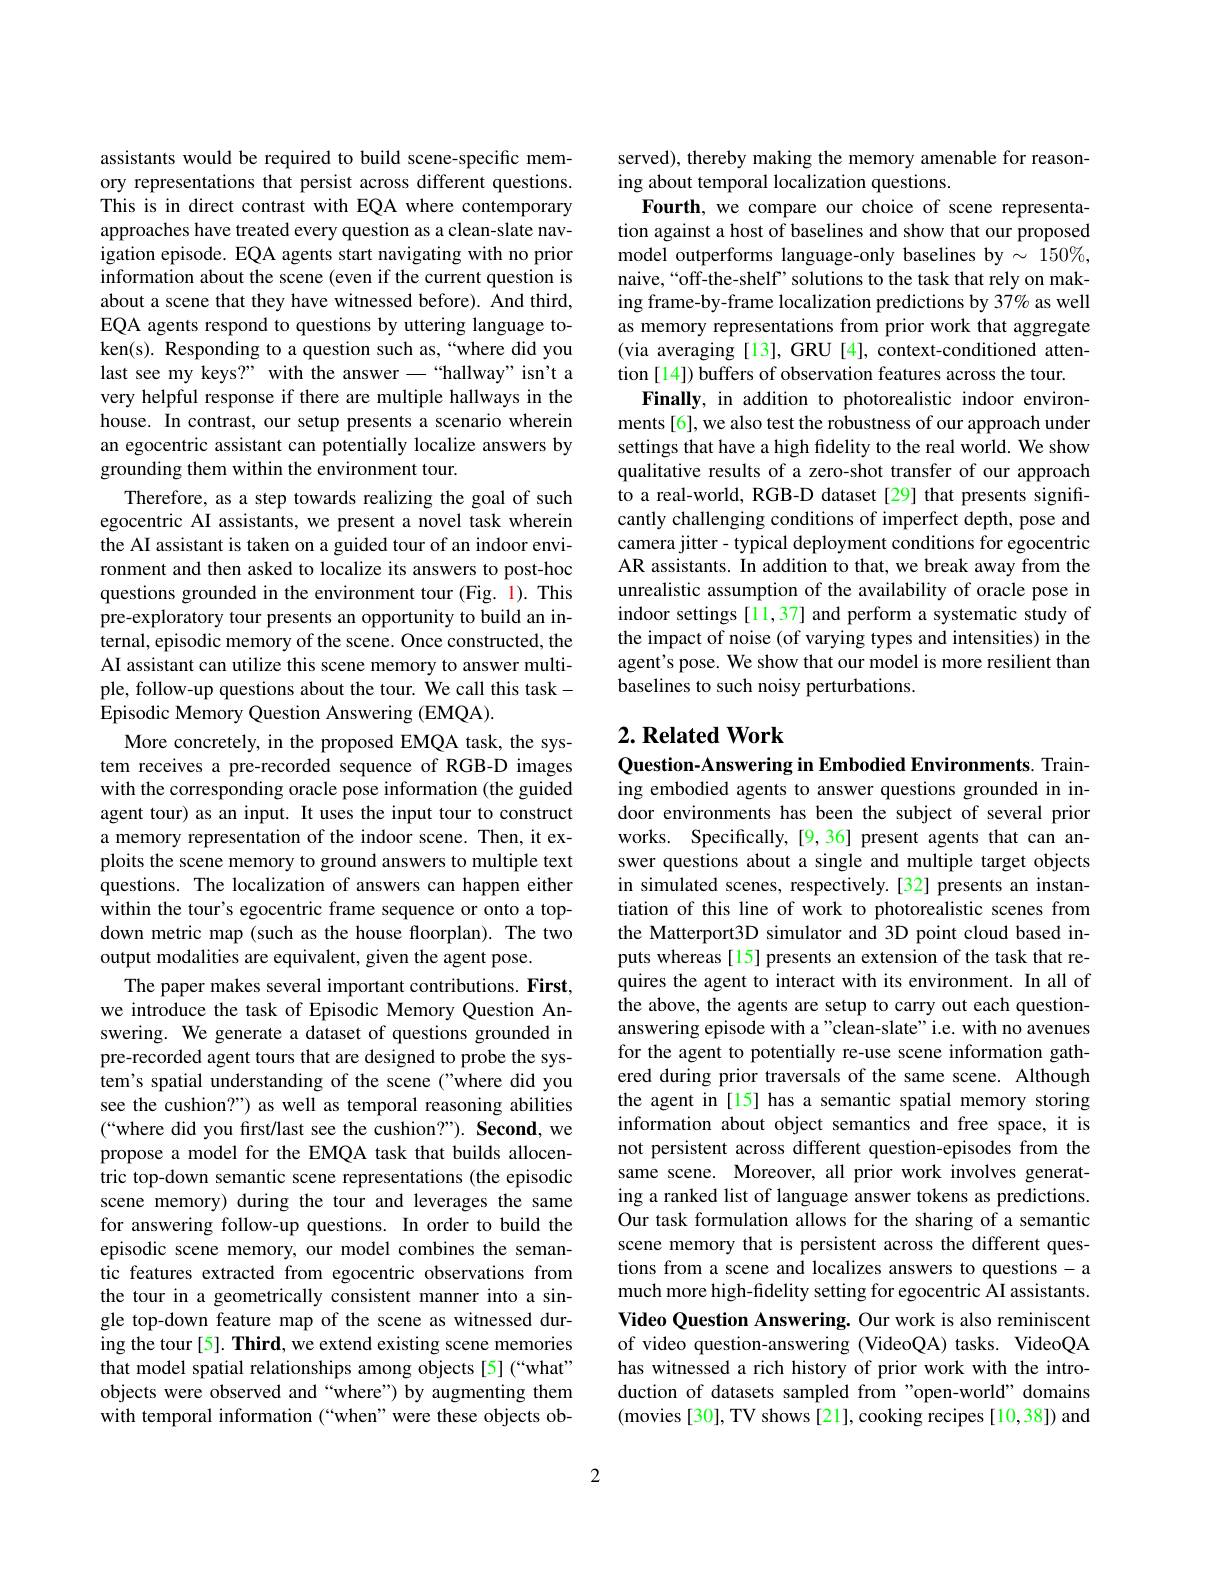
assistants would be required to build scene-specific memory representations that persist across different questions. This is in direct contrast with EQA where contemporary approaches have treated every question as a clean-slate navigation episode. EQA agents start navigating with no prior information about the scene (even if the current question is about a scene that they have witnessed before). And third, EQA agents respond to questions by uttering language token(s). Responding to a question such as,“where did you last see my keys?" with the answer-“hallway”isn't a very helpful response if there are multiple hallways in the house. In contrast, our setup presents a scenario wherein an egocentric assistant can potentially localize answers by grounding them within the environment tour.
Therefore, as a step towards realizing the goal of such egocentric AI assistants, we present a novel task wherein the AI assistant is taken on a guided tour of an indoor environment and then asked to localize its answers to post-hoc questions grounded in the environment tour (Fig. 1). This pre-exploratory tour presents an opportunity to build an internal, episodic memory of the scene. Once constructed, the AI assistant can utilize this scene memory to answer multiple, follow-up questions about the tour. We call this taskEpisodic Memory Question Answering (EMQA).
More concretely, in the proposed EMQA task, the system receives a pre-recorded sequence of RGB-D images with the corresponding oracle pose information (the guided agent tour) as an input. It uses the input tour to construct a memory representation of the indoor scene. Then, it exploits the scene memory to ground answers to multiple text questions. The localization of answers can happen either within the tour's egocentric frame sequence or onto a topdown metric map (such as the house floorplan). The two output modalities are equivalent, given the agent pose.
The paper makes several important contributions. First, we introduce the task of Episodic Memory Question Answering. We generate a dataset of questions grounded in pre-recorded agent tours that are designed to probe the system's spatial understanding of the scene ("where did you see the cushion?") as well as temporal reasoning abilities (“where did you fırst/last see the cushion?”). Second, we propose a model for the EMQA task that builds allocentric top-down semantic scene representations (the episodic scene memory) during the tour and leverages the same for answering follow-up questions. In order to build the episodic scene memory, our model combines the semantic features extracted from egocentric observations from the tour in a geometrically consistent manner into a single top-down feature map of the scene as witnessed during the tour[5]. Third, we extend existing scene memories that model spatial relationships among objects[5](“what” objects were observed and “where”) by augmenting them with temporal information (“when”were these objects ob-

served), thereby making the memory amenable for reason-
ing about temporal localization questions.
Fourth, we compare our choice of scene representation against a host of baselines and show that our proposed model outperforms language-only baselines by $\sim150\%$, naive,“off-the-shelf’solutions to the task that rely on making frame-by-frame localization predictions by 37% as well as memory representations from prior work that aggregate (via averaging[13], GRU[4], context-conditioned attention [14]) buffers of observation features across the tour.
Finally, in addition to photorealistic indoor environments[6], we also test the robustness of our approach under settings that have a high fidelity to the real world. We show qualitative results of a zero-shot transfer of our approach to a real-world, RGB-D dataset[29] that presents significantly challenging conditions of imperfect depth, pose and camera jitter - typical deployment conditions for egocentric AR assistants. In addition to that, we break away from the unrealistic assumption of the availability of oracle pose in indoor settings[11,37] and perform a systematic study of the impact of noise (of varying types and intensities) in the agent's pose. We show that our model is more resilient than baselines to such noisy perturbations.

# 2. Related Work

Question-Answering in Embodied Environments. Training embodied agents to answer questions grounded in indoor environments has been the subject of several prior works. Specifically,[9,36] present agents that can answer questions about a single and multiple target objects in simulated scenes, respectively.[32] presents an instantiation of this line of work to photorealistic scenes from the Matterport3D simulator and 3D point cloud based inputs whereas [15] presents an extension of the task that requires the agent to interact with its environment. In all of the above, the agents are setup to carry out each questionanswering episode with a"clean-slate" i.e. with no avenues for the agent to potentially re-use scene information gathered during prior traversals of the same scene. Although the agent in [15] has a semantic spatial memory storing information about object semantics and free space, it is not persistent across different question-episodes from the same scene. Moreover, all prior work involves generating a ranked list of language answer tokens as predictions. Our task formulation allows for the sharing of a semantic scene memory that is persistent across the different questions from a scene and localizes answers to questions-a much more high-fidelity setting for egocentric AI assistants. Video Question Answering. Our work is also reminiscent of video question-answering (VideoQA) tasks. VideoQA has witnessed a rich history of prior work with the introduction of datasets sampled from"open-world" domains (movies [30], TV shows [21], cooking recipes [10,38]) and

2